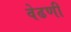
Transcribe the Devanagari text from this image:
वेढणी